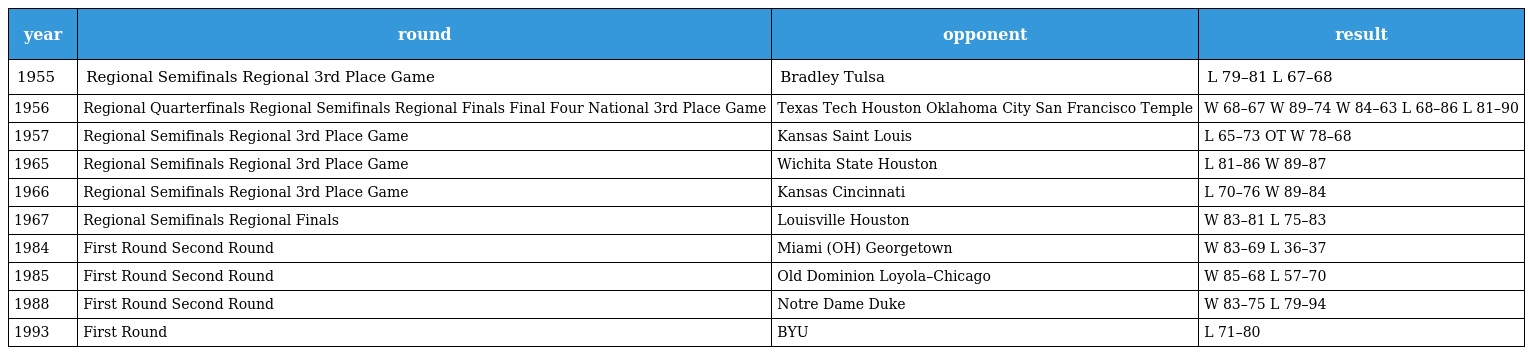
| year | round | opponent | result |
 | --- | --- | --- | --- |
 | 1955 | Regional Semifinals Regional 3rd Place Game | Bradley Tulsa | L 79–81 L 67–68 |
 | 1956 | Regional Quarterfinals Regional Semifinals Regional Finals Final Four National 3rd Place Game | Texas Tech Houston Oklahoma City San Francisco Temple | W 68–67 W 89–74 W 84–63 L 68–86 L 81–90 |
 | 1957 | Regional Semifinals Regional 3rd Place Game | Kansas Saint Louis | L 65–73 OT W 78–68 |
 | 1965 | Regional Semifinals Regional 3rd Place Game | Wichita State Houston | L 81–86 W 89–87 |
 | 1966 | Regional Semifinals Regional 3rd Place Game | Kansas Cincinnati | L 70–76 W 89–84 |
 | 1967 | Regional Semifinals Regional Finals | Louisville Houston | W 83–81 L 75–83 |
 | 1984 | First Round Second Round | Miami (OH) Georgetown | W 83–69 L 36–37 |
 | 1985 | First Round Second Round | Old Dominion Loyola–Chicago | W 85–68 L 57–70 |
 | 1988 | First Round Second Round | Notre Dame Duke | W 83–75 L 79–94 |
 | 1993 | First Round | BYU | L 71–80 |